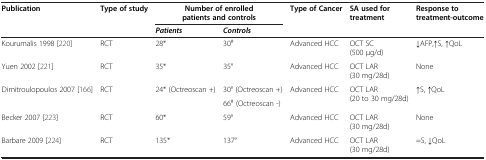
| Publication | Type of study | <COLSPAN=2> Number of enrolled patients and controls | Type of Cancer | SA used for treatment | Response to treatment-outcome |
 |  |  | Patients | Controls |  |  |  |
 | --- | --- | --- | --- | --- | --- | --- |
 | Kourumalis 1998[220] | RCT | 28* | 30# | Advanced HCC | OCT SC (500 μg/d) | ↓AFP,↑S, ↑QoL |
 | Yuen 2002[221] | RCT | 35* | 35° | Advanced HCC | OCT LAR (30 mg/28d) | None |
 | <ROWSPAN=2> Dimitroulopoulos 2007[166] | <ROWSPAN=2> RCT | <ROWSPAN=2> 24* (Octreoscan +) | 30° (Octreoscan +) | <ROWSPAN=2> Advanced HCC | <ROWSPAN=2> OCT LAR (20 to 30 mg/28d) | <ROWSPAN=2> ↑S, ↑QoL |
 | 66# (Octreoscan -) |
 | Becker 2007[223] | RCT | 60* | 59° | Advanced HCC | OCT LAR (30 mg/28d) | None |
 | Barbare 2009[224] | RCT | 135* | 137° | Advanced HCC | OCT LAR (30 mg/28d) | =S, ↓QoL |